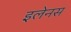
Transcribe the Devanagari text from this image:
इलेनस